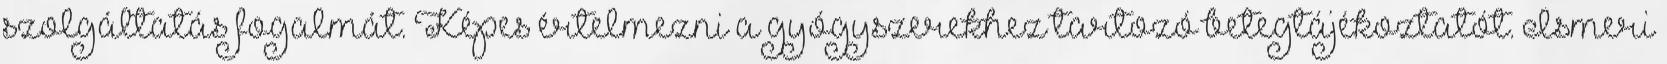
szolgáltatás fogalmát. Képes értelmezni a gyógyszerekhez tartozó betegtájékoztatót. Ismeri